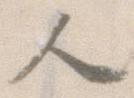
人